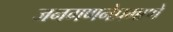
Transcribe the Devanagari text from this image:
जनगणनेप्रमाणे